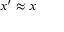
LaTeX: x ^ { \prime } \approx x